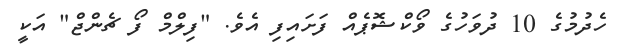
ހެދުމުގެ 10 ދުވަހުގެ ވޯކްޝޮޕެއް ފަށައިފި އެވެ. "ފިލްމް ފޯ ޗެންޖް" އަކީ